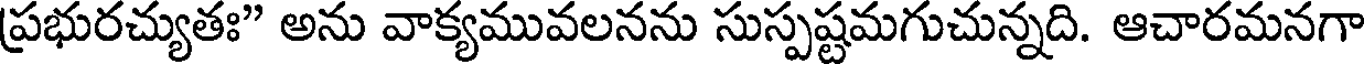
ప్రభురచ్యుతః" అను వాక్యమువలనను సుస్పష్టమగుచున్నది. ఆచారమనగా